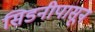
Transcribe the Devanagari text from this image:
सिडनीपासून